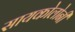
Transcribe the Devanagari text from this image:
सायकोलोनी